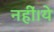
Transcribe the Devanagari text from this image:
नहीं।ये